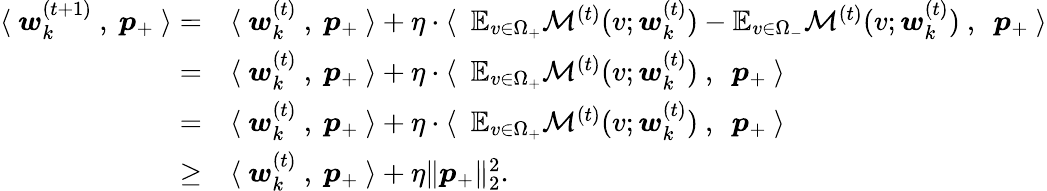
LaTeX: \begin{array}{rl}{\langle~{\boldsymbol w}_{k}^{(t+1)}~,~{\boldsymbol p}_{+}~\rangle=}&{\langle~{\boldsymbol w}_{k}^{(t)}~,~{\boldsymbol p}_{+}~\rangle+\eta\cdot\langle~~\mathbb{E}_{v\in\Omega_{+}}\mathcal{M}^{(t)}(v;{\boldsymbol w}_{k}^{(t)})-\mathbb{E}_{v\in\Omega_{-}}\mathcal{M}^{(t)}(v;{\boldsymbol w}_{k}^{(t)})~,~~{\boldsymbol p}_{+}~\rangle}\\ {=}&{\langle~{\boldsymbol w}_{k}^{(t)}~,~{\boldsymbol p}_{+}~\rangle+\eta\cdot\langle~~\mathbb{E}_{v\in\Omega_{+}}\mathcal{M}^{(t)}(v;{\boldsymbol w}_{k}^{(t)})~,~~{\boldsymbol p}_{+}~\rangle}\\ {=}&{\langle~{\boldsymbol w}_{k}^{(t)}~,~{\boldsymbol p}_{+}~\rangle+\eta\cdot\langle~~\mathbb{E}_{v\in\Omega_{+}}\mathcal{M}^{(t)}(v;{\boldsymbol w}_{k}^{(t)})~,~~{\boldsymbol p}_{+}~\rangle}\\ {\ge}&{\langle~{\boldsymbol w}_{k}^{(t)}~,~{\boldsymbol p}_{+}~\rangle+\eta\| {\boldsymbol p}_{+}\| _{2}^{2}.}\end{array}